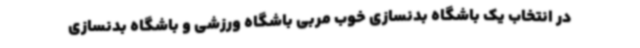
در انتخاب یک باشگاه بدنسازی خوب مربی باشگاه ورزشی و باشگاه بدنسازی